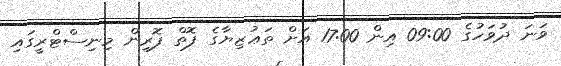
ވަނަ ދުވަހުގެ 09:00 އިން 17:00 އަށް ތަޢުޒިޔާގެ ފޮތް ފޮރިން މިނިސްޓްރީގަައި